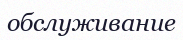
обслуживание